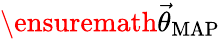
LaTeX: \ensuremath{\vec{\theta}}_{\mathrm{MAP}}